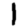
Digit: 1